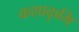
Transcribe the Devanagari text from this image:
कशाकृमि